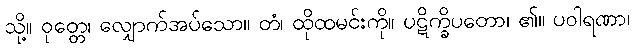
သို့။ ဝုတ္တေ၊ လျှောက်အပ်သော။ တံ၊ ထိုထမင်းကို။ ပဋိက္ခိပတော၊ ၏။ ပဝါရဏာ၊